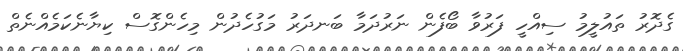
ގެދޮރު ތައުލީމު ސިއްހީ ފަރުވާ ބޯފެން ނަރުދަމާ ބަނދަރު މަގުހެދުން މިހެންގޮސް ކިޔާނެކަމެއްނެތް